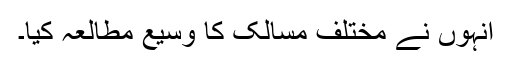
انہوں نے مختلف مسالک کا وسیع مطالعہ کیا۔